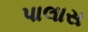
પાલાસ